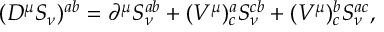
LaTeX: ( D ^ { \mu } S _ { \nu } ) ^ { a b } = \partial ^ { \mu } S _ { \nu } ^ { a b } + ( V ^ { \mu } ) _ { c } ^ { a } S _ { \nu } ^ { c b } + ( V ^ { \mu } ) _ { c } ^ { b } S _ { \nu } ^ { a c } ,